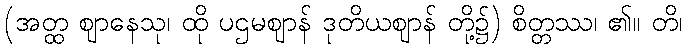
(အတ္ထ ဈာနေသု၊ ထို ပဌမဈာန် ဒုတိယဈာန် တို့၌) စိတ္တဿ၊ ၏။ တိ၊